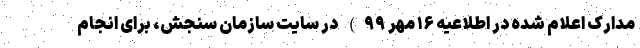
مدارک اعلام شده در اطلاعیه ۱۶ مهر ۹۹) در سایت سازمان سنجش، برای انجام